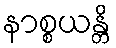
နာစ္စယန္တိ